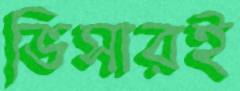
ভিসারই